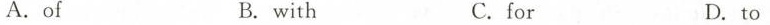
A.of B. with C.for D.to